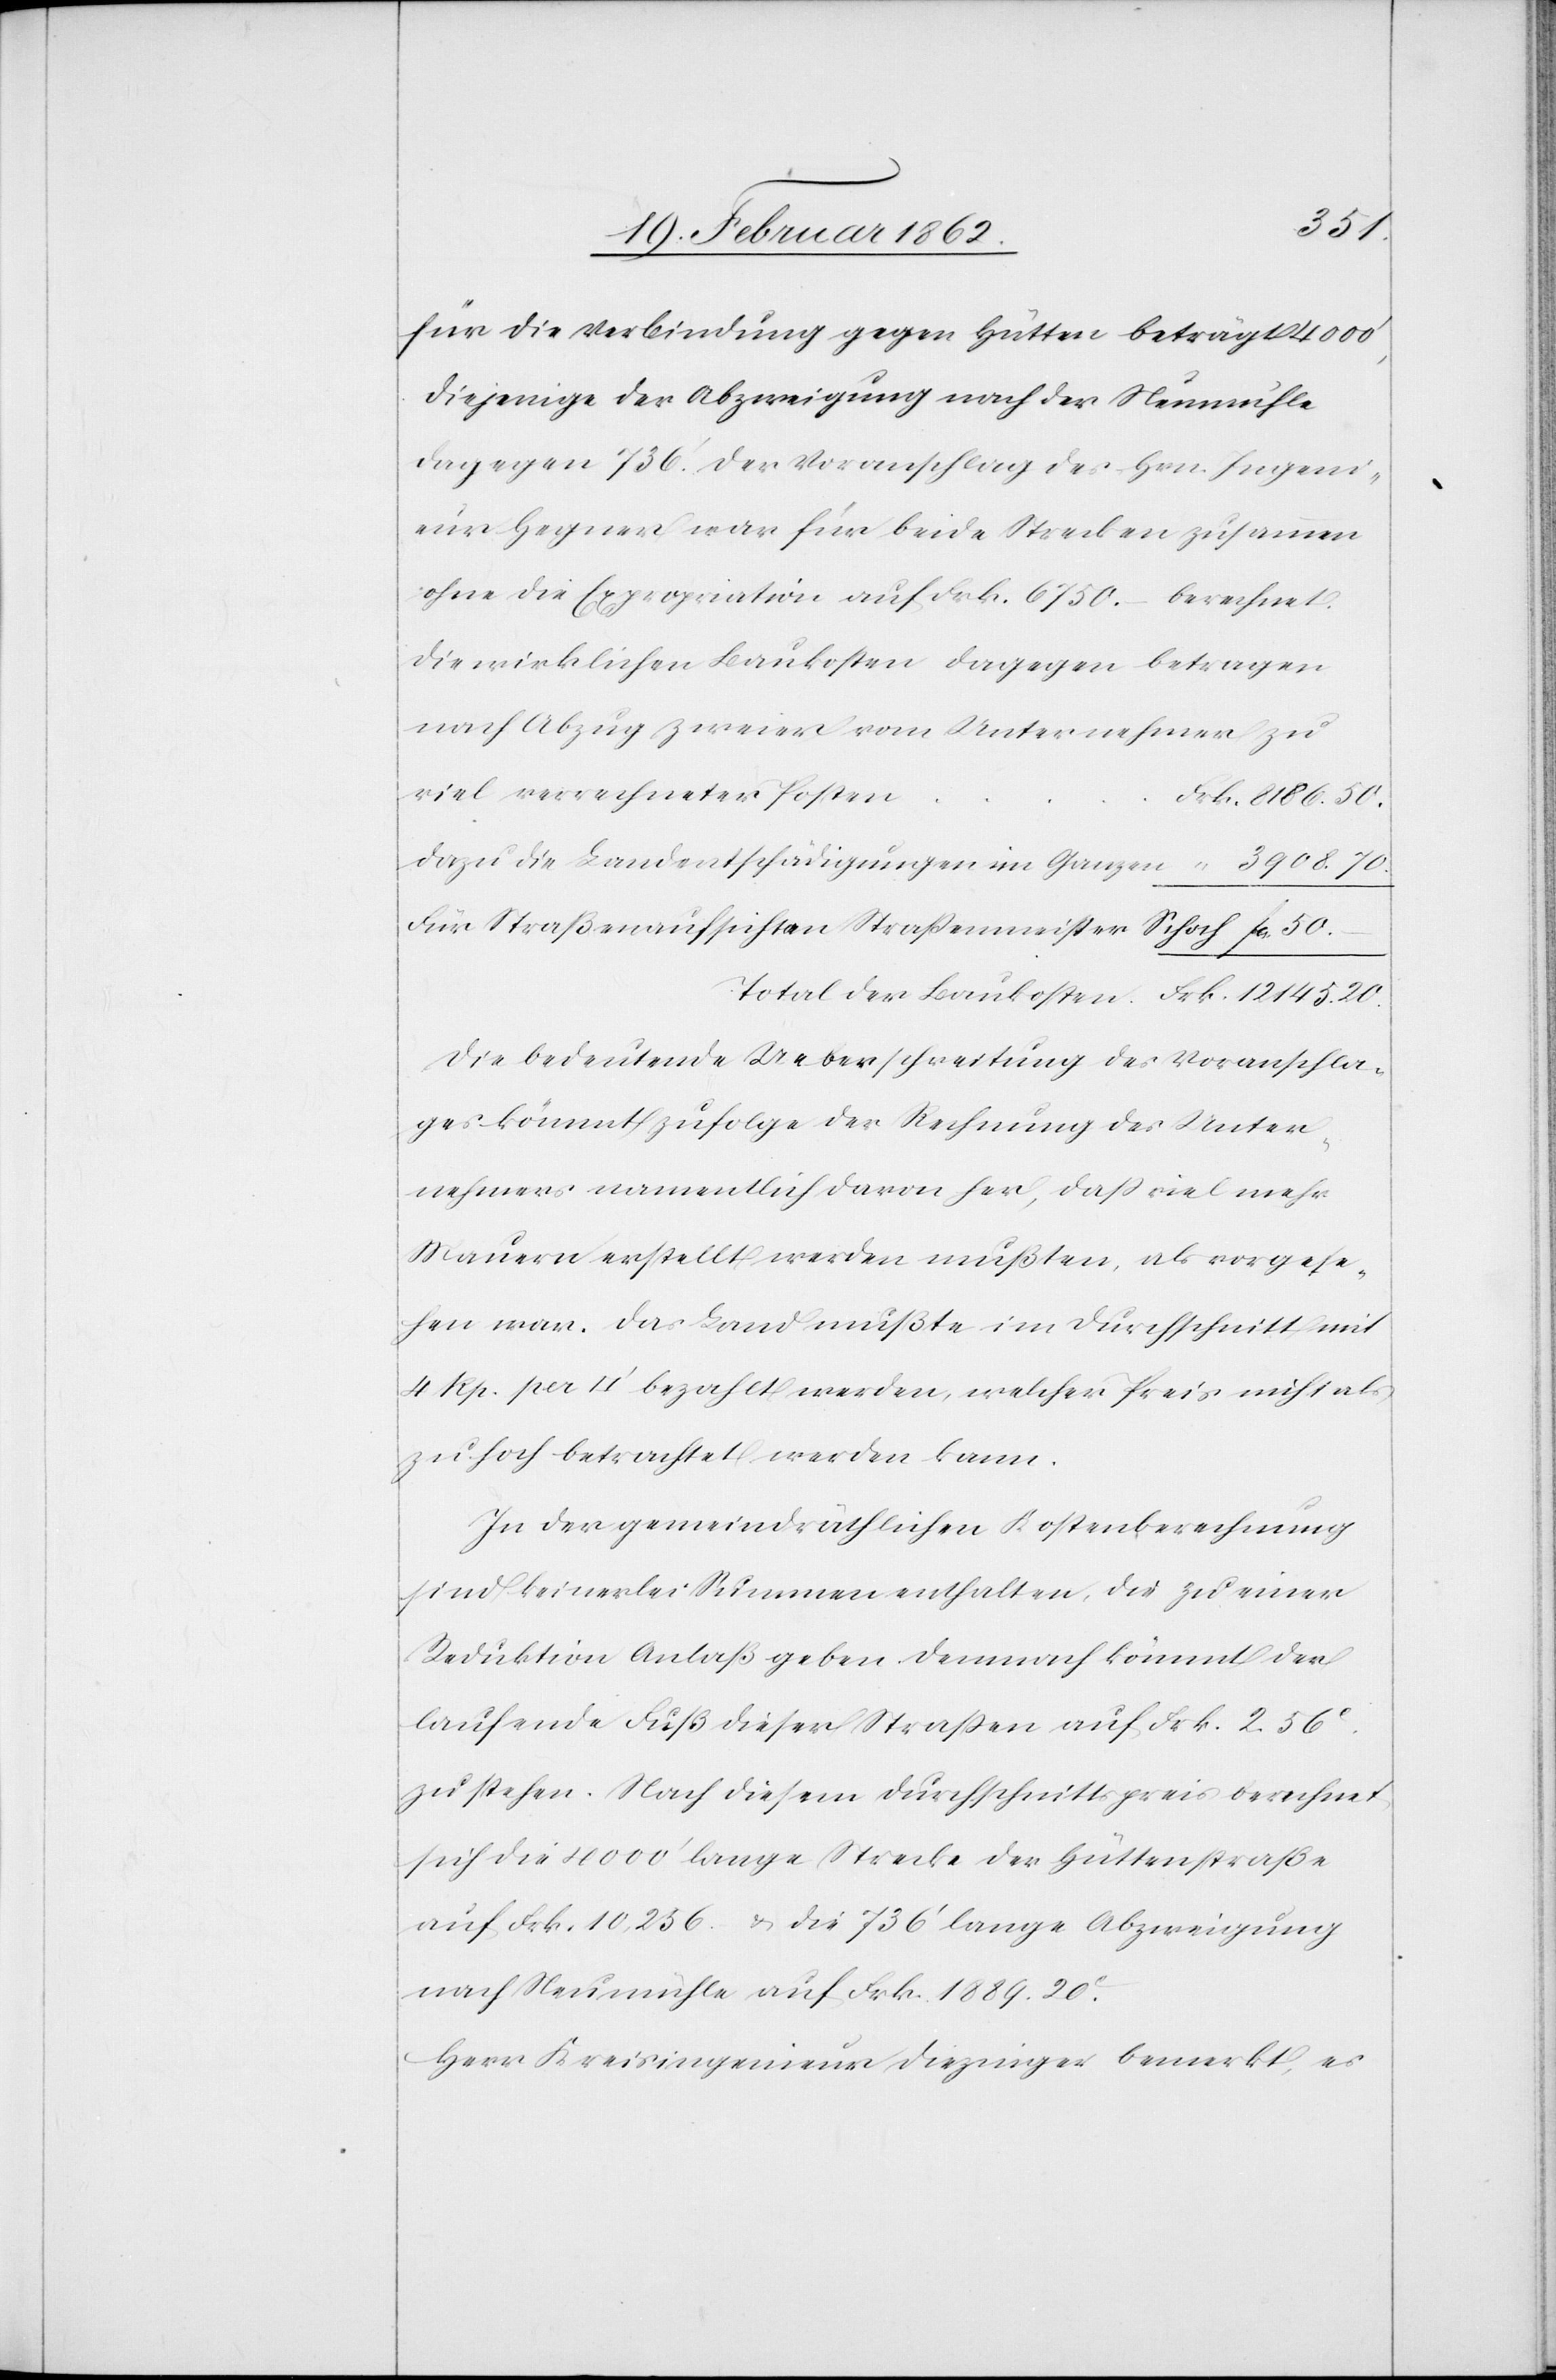
für die Verbindung gegen Hütten beträgt 4000’,
diejenige der Abzweigung nach der Neumühle
dagegen 736’. Der Voranschlag des Hrn. Ingeni¬
eur Hegner war für beide Strecken zusammen
ohne die Expropriation auf Frk. 6750.– berechnet.
Die wirklichen Baukosten dagegen betragen
nach Abzug zweier vom Unternehmer zu
viel verrechneter Poste¬
n		Frk. 8186.50.
dazu die Landentschädigungen im Ganzen		 “ 3908.70.
Für Straßenaufsicht an Straßenmeister Schoch	fcs. 50.–
Total der Baukosten		Frk. 12 145.20.
Die bedeutende Ueberschreitung des Voranschla¬
ges kömmt zufolge der Rechnung des Unter¬
nehmers namentlich davon her, daß viel mehr
Mauern erstellt werden mußten, als vorgese¬
hen war. Das Land mußte im Durchschnitt mit
4 Rp. per [Quadratfuss] bezahlt werden, welcher Preis nicht als
zu hoch betrachtet werden kann.
In der gemeindräthlichen Kostenberechnung
sind keinerlei Summen enthalten, die zu einer
Reduktion Anlaß geben. Demnach kömmt der
laufende Fuß dieser Straßen auf Frk. 2.56c.
zu stehen. Nach diesem Durchschnittspreis berechnet
sich die 4000’ lange Strecke der Hüttenstraße
auf Frk. 10 256. u. die 736’ lange Abzweigung
nach Neumühle auf Frk. 1889.20c.
Herr Kreisingenieur Diezinger bemerkt, es